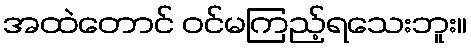
အထဲတောင် ဝင်မကြည့်ရသေးဘူး။